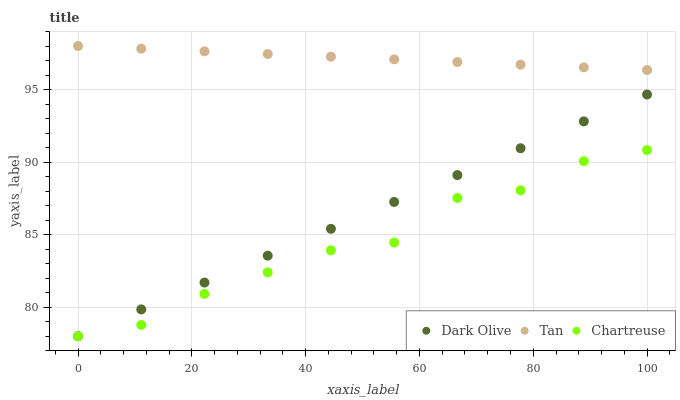
| xaxis_label | Dark Olive | Tan | Chartreuse |
 | --- | --- | --- | --- |
 | 0 | 78 | 98 | 78 |
 | 11.1 | 79.9 | 97.8 | 78.8 |
 | 22.2 | 81.7 | 97.6 | 80.9 |
 | 33.3 | 83.6 | 97.4 | 82.4 |
 | 44.4 | 85.4 | 97.3 | 83.9 |
 | 55.6 | 87.3 | 97.1 | 84.5 |
 | 66.7 | 89.1 | 96.9 | 87.5 |
 | 77.8 | 91 | 96.7 | 88.1 |
 | 88.9 | 92.8 | 96.5 | 90.1 |
 | 100 | 94.7 | 96.3 | 90.8 |